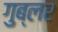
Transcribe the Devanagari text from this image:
गुब्लर